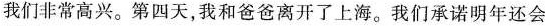
我们非常高兴。第四天，我和爸爸离开了上海。我们承诺明年还会